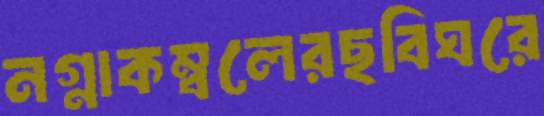
নগ্নাকম্বলেরছবিঘরে